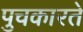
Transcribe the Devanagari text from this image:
पुचकारते